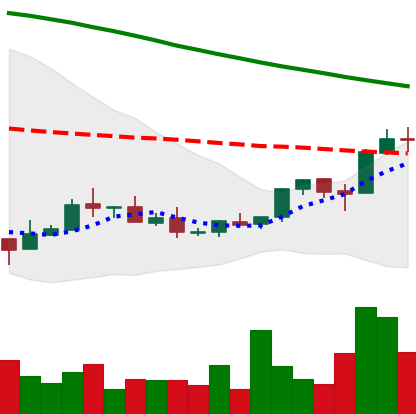
Ticker: XMR-USD
Chart end date: 2018-09-02
Forward return: -7.15%
Label: down_7plus